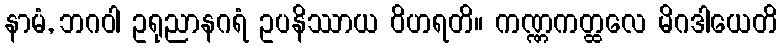
နာမံ, ဘဂဝါ ဥရုညာနဂရံ ဥပနိဿာယ ဝိဟရတိ။ ကဏ္ဏကတ္ထလေ မိဂဒါယေတိ